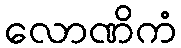
လောဏိကံ